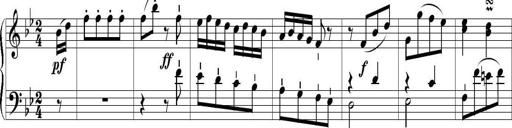
Title: 6 Leichte Sonatinen, Teil 1
Composer: F. Sigismund Sander